Vaccination in the Punjab 1883-1896 - 1883-1896
Year: 1883
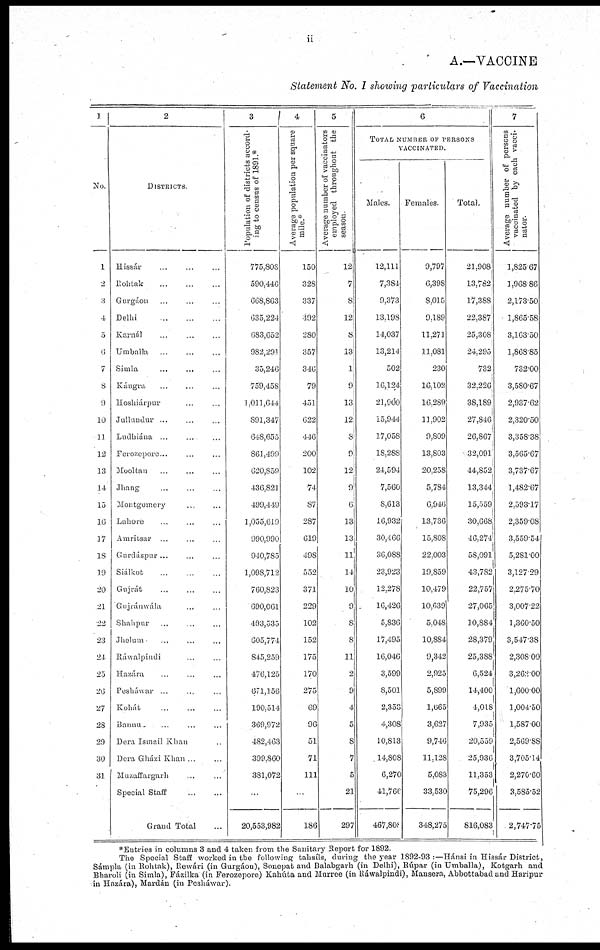
A.—VACCINE
Statement No. I showing particulars of Vaccination
1
No.
1
2
3
4
5
6
7
8
9
10
11
12
13
14
15
16
17
18
19
20
21
22
23
21
25
26
27
28
29
30
31
2
DISTRICTS
Hissár ... ... ...
Rohtak ... ... ...
Gurgáon ... ... ...
Delhi
...
...
...
Karnál ... ... ...
Umballa ... ... ...
Simla
...
...
...
Kángra ... ... ...
Hoshiarpur ... ...
Jullundur ... ... ...
Ludhiána ... ... ...
Ferozepore ... ... ...
Mooltan ... ... ...
Jhang ... ... ...
Montgomery ... ...
Lahore ... ... ...
Amritsar ... ... ...
Gurdáspur ... ... ...
Siálkot ... ... ...
Gujrát ... ... ...
Gujránwála ... ...
Shahpur ... ... ...
Jhelum ... ... ...
Ráwalpindi ... ...
Hazára ... ... ...
Pesháwar ... ... ...
Kohát ... ... ...
Bannu. ... ... ... ...
Dora Ismail Khan ...
Dera Gházi Khan ... ...
Muzaffargarh ... ...
Special Staff ... ...
Grand Total ...
3
Population of districts accord-
ing to census of 1891.*
775,808
590,446
668,863
635,224
683,652
982,201
35,246
759,458
1,011,644
891,347
648,655
861,499
620,859
436,821
499,449
1,055,619
990,990
940,785
1,098,712
760,823
690,061
493,535
605,774
845,259
476,125
671,156
190,514
369,972
482,463
399,860
381,072
...
20,553,982
4
Average population per square
mile *
150
328
337
192
280
357
346
79
451
622
446
200
102
74
87
287
619
498
552
371
229
102
152
175
170
275
69
96
51
71
111
...
186
5
Average number of vaccinators
employed throughout the
season.
12
7
8
12
8
13
1
9
13
12
8
9
12
9
6
13
13
11
14
10
9
8
8
11
2
9
4
5
8
7
5
21
297
6
TOTAL NUMBER OF PERSONS
VACCINATED.
Males.
12,111
7,384
9,373
13,198
14,037
13,214
502
16,124
21,900
15,944
17,058
18,288
24,594
7,560
8,613
16,932
30,466
36,088
23,923
12,278
16,426
5,836
17,495
16,046
3,599
8,501
2,353
4,308
10,813
14,808
6,270
41,760
467,808
Females.
9,797
6,398
8,015
9,189
11,271
11,081
230
16,102
16,289
11,902
9,809
13,803
20,258
5,784
6,946
13,736
15,808
22,003
19,859
10,479
10,639
5,048
10,884
9,342
2,925
5,899
1,065
3,627
9,746
11,128
5,083
33,530
348,275
Total.
21,908
13,782
17,388
22,387
25,308
24,295
732
32,226
38,189
27,846
26,867
32,091
44,852
13,344
15,559
30,668
46,274
58,091
43,782
22,757
27,065
10,884
28,379
25,388
6,524
14,400
4,018
7,935
20,559
25,936
11,353
75,296
816,083
7
Average number of per
vaccinated by each vac
nator
1,825.67
1,908.86
2,173.50
1,865.58
3,163.50
1,868.85
732.00
3,580.67
2,937.62
2,320.50
3,358.38
3.565.67
3,737.67
1,482.67
2.593.17
2,359.08
3,559.54
5,281.00
3,127.29
2 275.70
3,007.22
1,360.50
3,547.38
2,308.00
3,262.00
1,600.00
1,004.50
1,587.00
2,569.88
3,705.14
2,270.60
3,585.52
2,747.75
*Entries in columns 3 and 4 taken from the Sanitary Report for 1892.
The Special Staff worked in the following tahsíla, during the year 1892-93 :—Hánsi in Hissár District,
Sámpla (in Rohtak), Rewári (in Gurgáon), Sonepat and Balabgarh (in Delhi), Rúpar (in Umballa), Kotgarh and
Bharoli (in Simla), Fázilka (in Ferozepore) Kahúta and Murree (in Ráwalpindi), Mansera, Abbottabad and Haripur
in Hazára), Mardán (in Pesháwar).